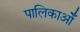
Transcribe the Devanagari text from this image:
पालिकाओँ